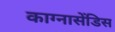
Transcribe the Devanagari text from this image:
काग्नासेंडिस